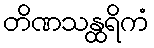
တိဏသန္ထရိကံ